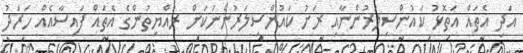
އަދި އެތައް އަތޮޅު ކައުންސިލަރުންނާއި ރަށު ކައުންސިލަރުންނަކަށް ރައްޔިތުންގެ އެތައް ފައިސާއެއް ހަރަދު